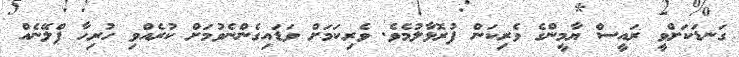
ގަނޑަކަށްވީ ރައީސް ޔާމީންގެ ވެރިކަން ފުރޮޅާލުމެވެ. ވެރިކަމަށް ވަޑައިގެންނެވުމަށް ކުރެއްވި ހުރިހާ ޕްލޭނެއް